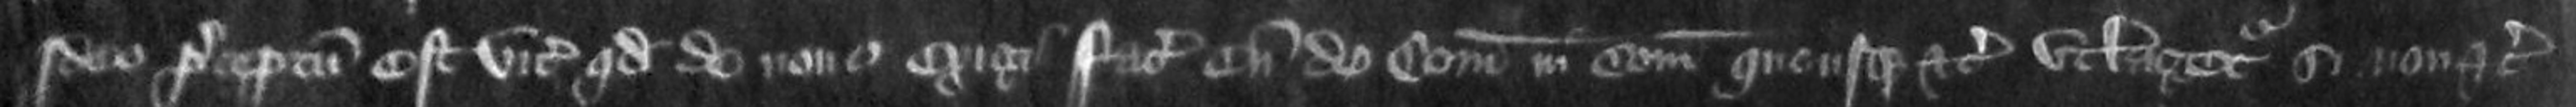
Ideo preceptum est vicecomiti quod de nono exigi faciet eum de comitatu in comitatum quousque etc utlagetur si non etc